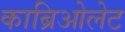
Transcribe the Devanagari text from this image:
काब्रिओलेट